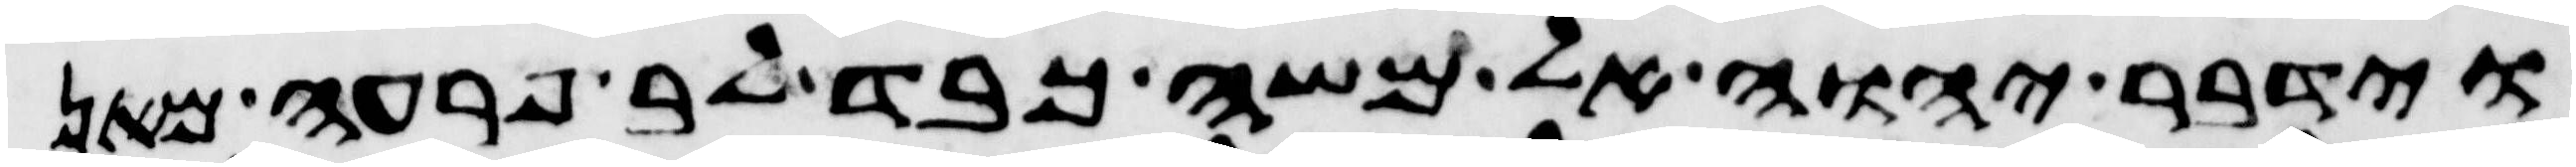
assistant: וידבר יהוה אל משה כבד לב פרעה מאן